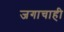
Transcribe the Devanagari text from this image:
जगाचाही